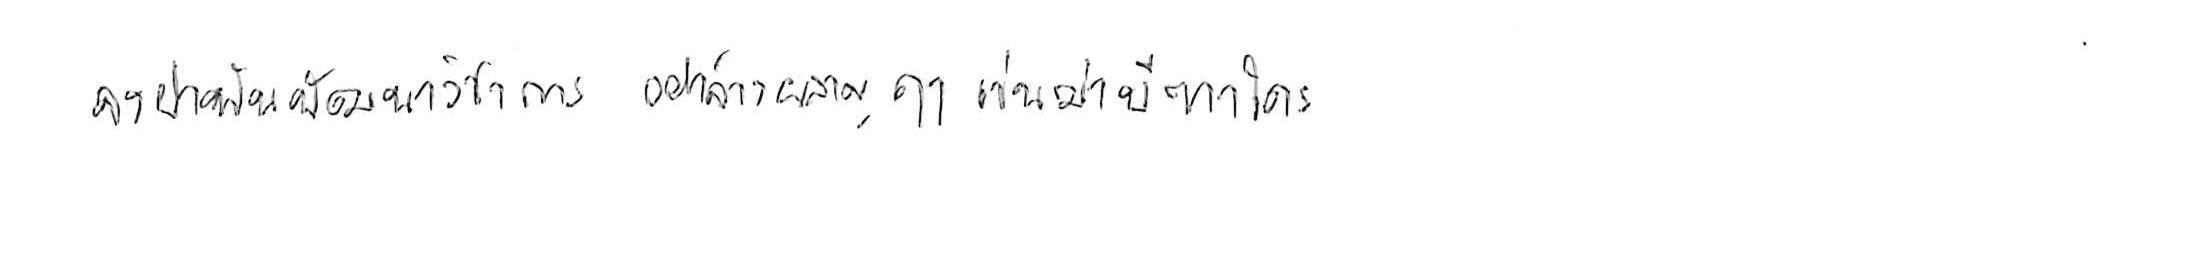
จงฝ่าฟันพัฒนาวิชาการ อย่าล้างผลาญฤๅเข่นฆ่าบีฑาใคร